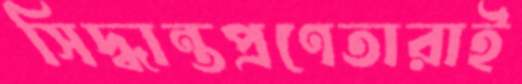
সিদ্ধান্তপ্রণেতারাই